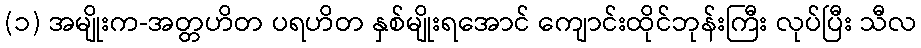
(၁) အမျိုးက-အတ္တဟိတ ပရဟိတ နှစ်မျိုးရအောင် ကျောင်းထိုင်ဘုန်းကြီး လုပ်ပြီး သီလ